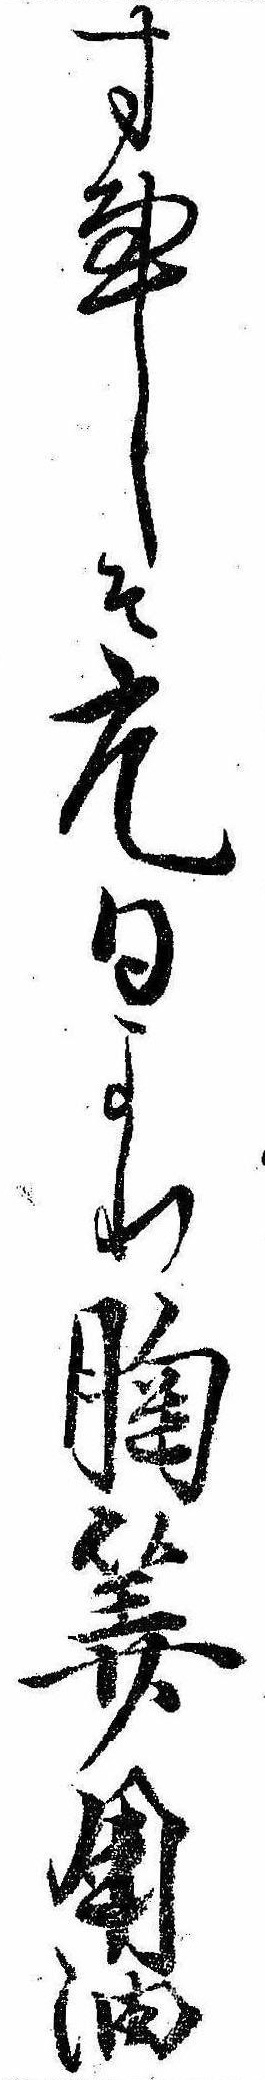
す事そ元日より胸算用油